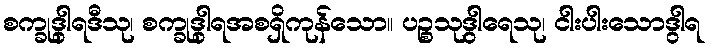
စက္ခုဒွါရဒီသု၊ စက္ခုဒွါရအစရှိကုန်သော။ ပဉ္စသုဒွါရေသု၊ ငါးပါးသောဒွါရ